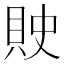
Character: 𰶽